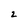
Character: 2